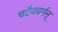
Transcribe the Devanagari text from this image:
चटैयवर्मऩ्